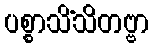
ပစ္စာသိံသိတဗ္ဗာ